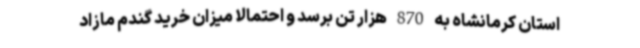
استان کرمانشاه به 870 هزار تن برسد و احتمالا میزان خرید گندم مازاد